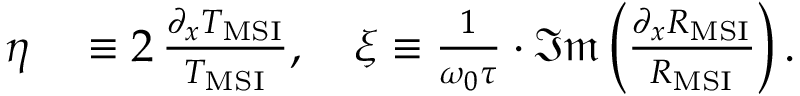
\begin{array} { r l } { \eta } & { { } \equiv 2 \, \frac { \partial _ { x } T _ { \mathrm { M S I } } } { T _ { \mathrm { M S I } } } , \quad \xi \equiv \frac { 1 } { \omega _ { 0 } \tau } \cdot \mathfrak { I m } \left( \frac { \partial _ { x } R _ { \mathrm { M S I } } } { R _ { \mathrm { M S I } } } \right) . } \end{array}